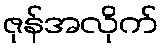
ဇုန်အလိုက်